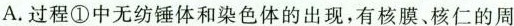
A.过程①中无纺锤体和染色体的出现，有核膜、核仁的周